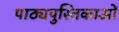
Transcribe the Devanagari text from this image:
पाठ्यपुस्तिकाओं